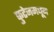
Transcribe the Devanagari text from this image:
फुटेजमधून